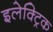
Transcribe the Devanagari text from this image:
इलेक्‍ट्रिक